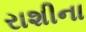
રાશીના